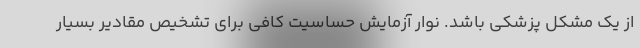
از یک مشکل پزشکی باشد. نوار آزمایش حساسیت کافی برای تشخیص مقادیر بسیار